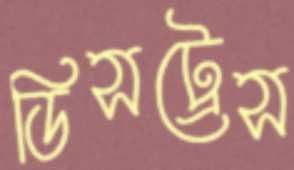
ডিসট্রেস